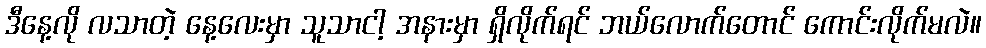
ဒီနေ့လို လသာတဲ့ နေ့လေးမှာ သူသာငါ့ အနားမှာ ရှိလိုက်ရင် ဘယ်လောက်တောင် ကောင်းလိုက်မလဲ။